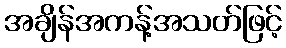
အချိန်အကန့်အသတ်ဖြင့်